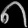
Digit: ၈